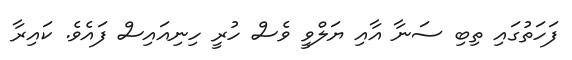
ފަހަތުގައި ތިބި ސަނާ އާއި ޔަލްވީ ވެސް ހުރީ ހިނިއައިސް ފައެވެ. ކައިރާ